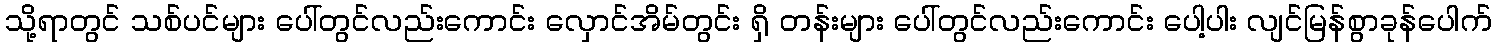
သို့ရာတွင် သစ်ပင်များ ပေါ်တွင်လည်းကောင်း လှောင်အိမ်တွင်း ရှိ တန်းများ ပေါ်တွင်လည်းကောင်း ပေါ့ပါး လျင်မြန်စွာခုန်ပေါက်